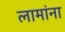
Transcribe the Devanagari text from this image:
लामांना